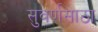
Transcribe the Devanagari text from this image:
सुवर्णसाठा